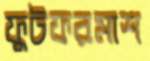
ফুটফরমাশ